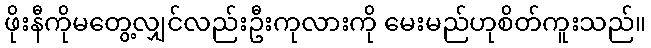
ဖိုးနီကိုမတွေ့လျှင်လည်းဦးကုလားကို မေးမည်ဟုစိတ်ကူးသည်။